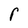
Character: r